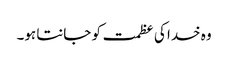
وہ خدا کی عظمت کو جانتا ہو۔